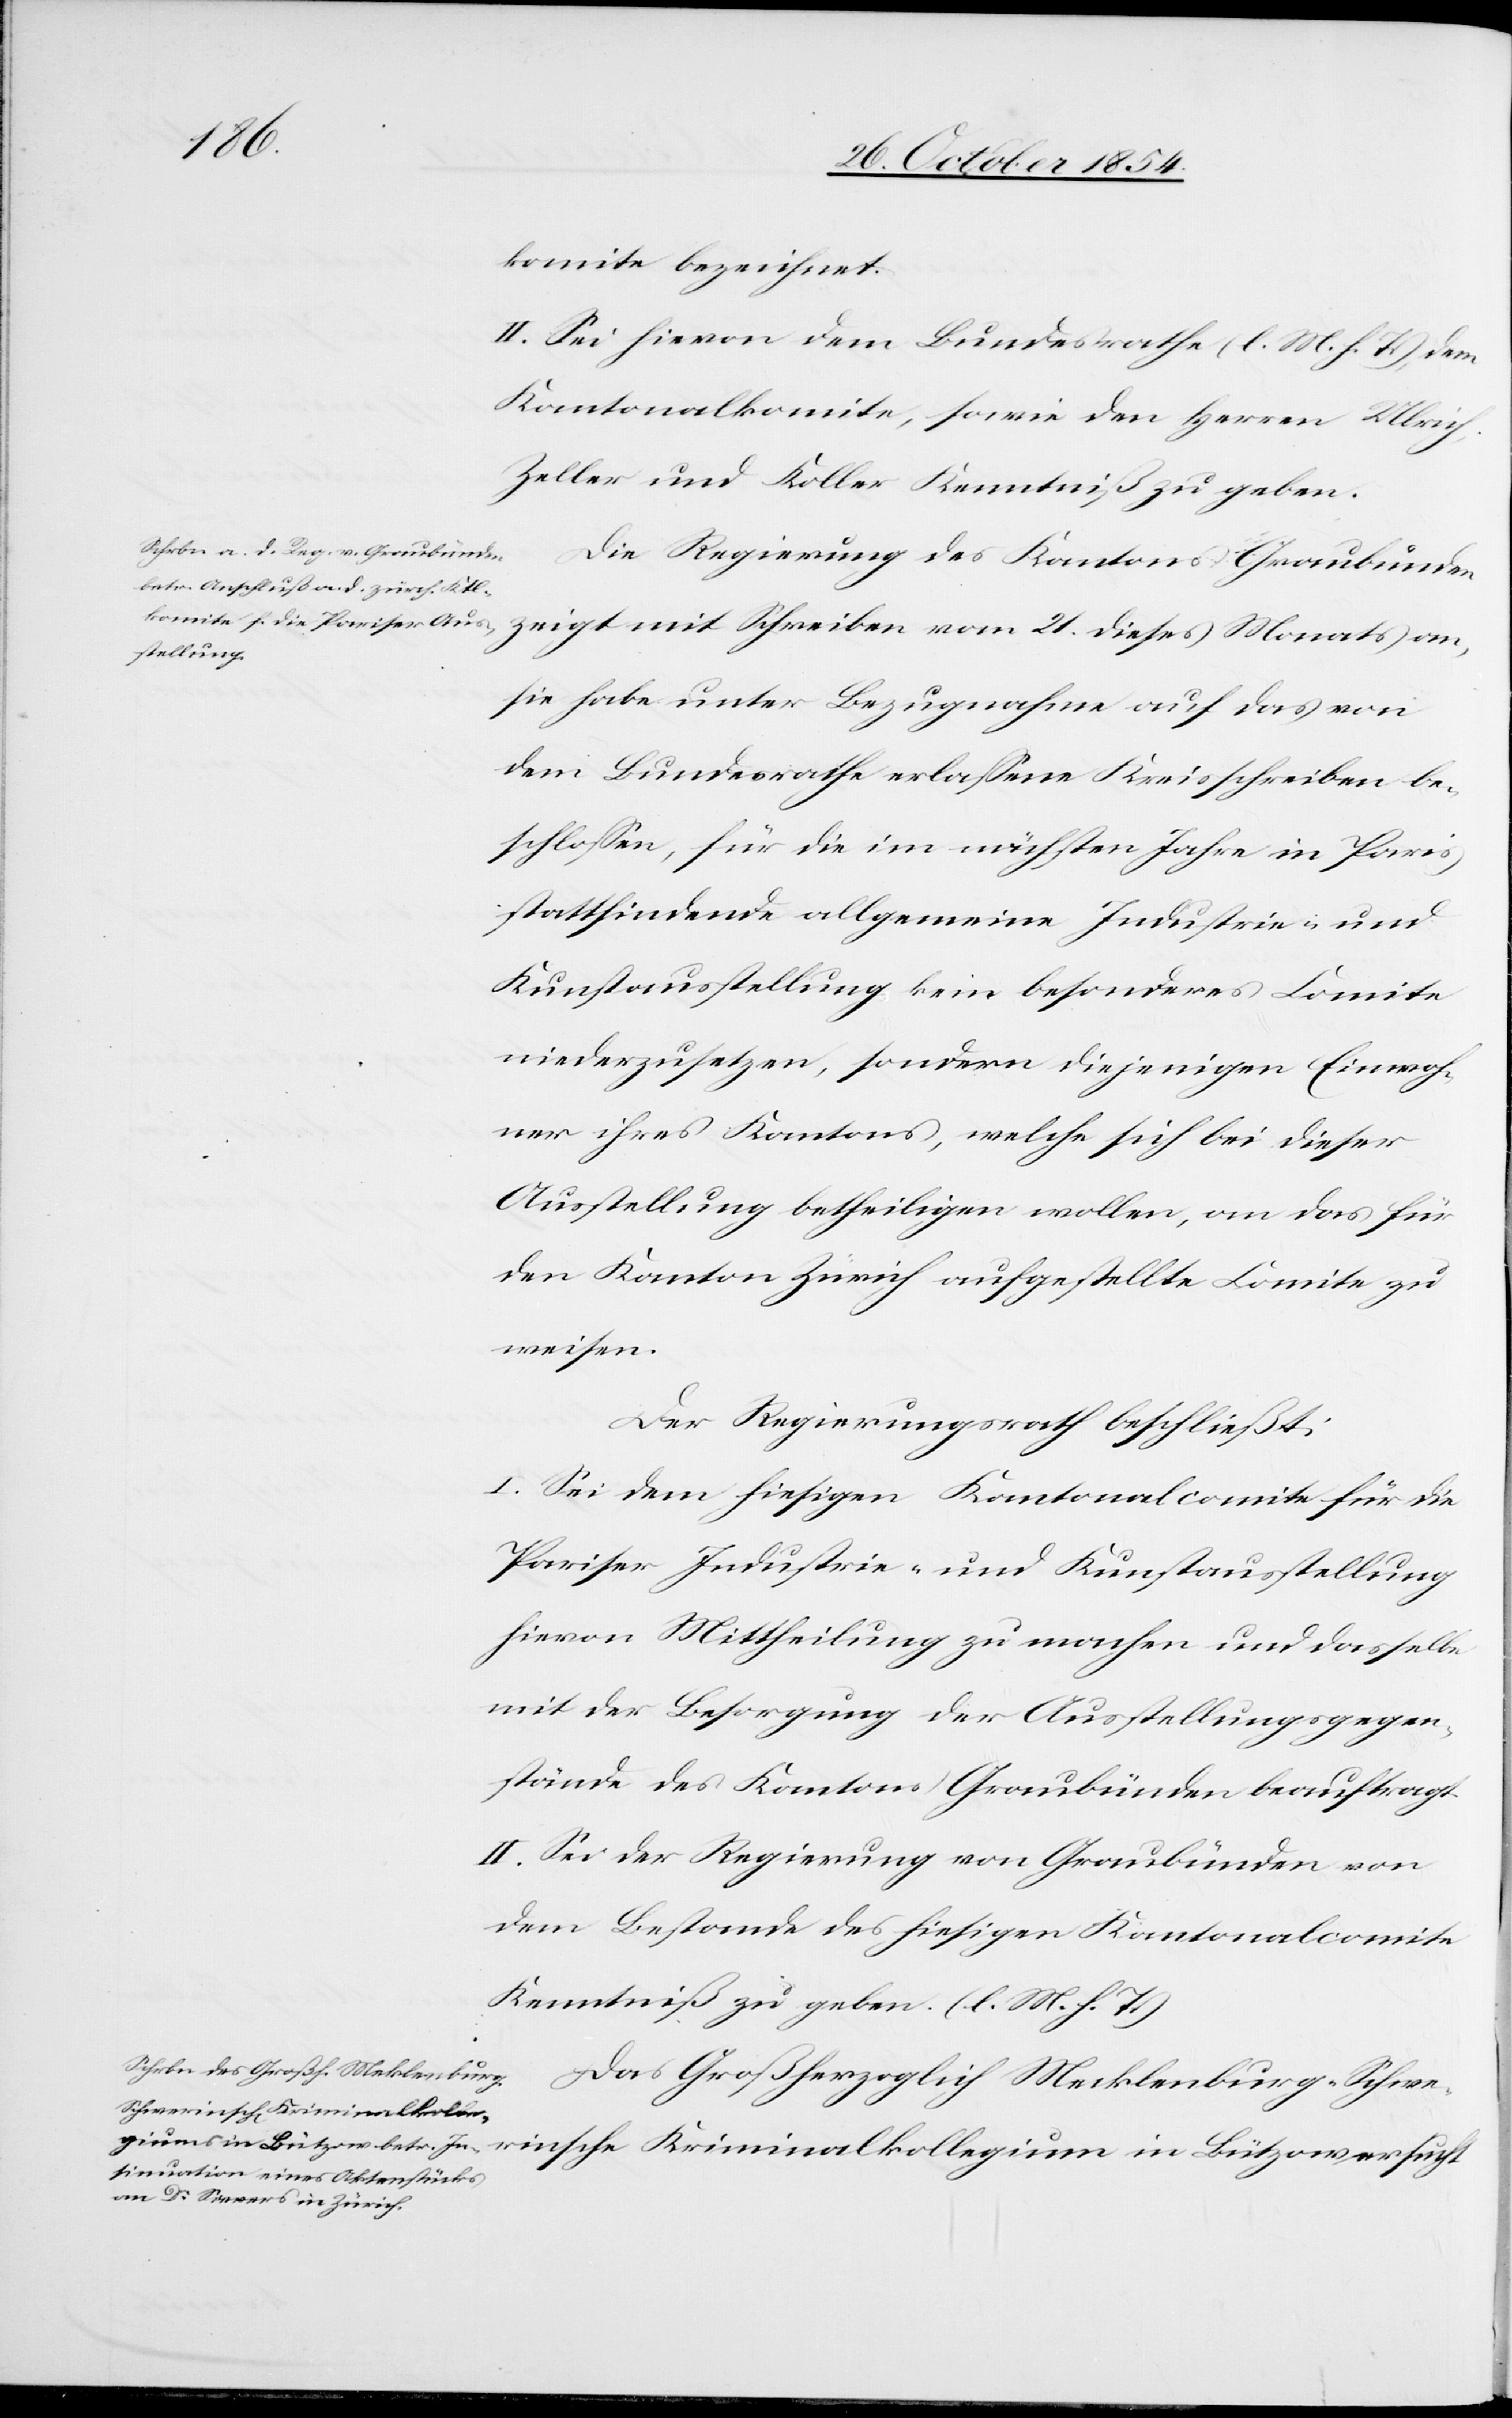
komite bezeichnet.
II. Sei hievon dem Bundesrathe (l. M. h. T.), dem
Kantonalkomite, sowie den Herren Ulrich,
Zeller und Koller Kenntniß zu geben.
Die Regierung des Kantons Graubünden
zeigt mit Schreiben vom 21. dieses Monats an,
sie habe unter Bezugnahme auf das von
dem Bundesrathe erlaßene Kreisschreiben be¬
schloßen, für die im nächsten Jahre in Paris
stattfindende allgemeine Industrie- und
Kunstausstellung kein besonderes Comite
niederzusetzen, sondern diejenigen Einwoh¬
ner ihres Kantons, welche sich bei dieser
Ausstellung beteiligen wollen, an das für
den Kanton Zürich aufgestellte Comite zu
weisen.
Der Regierungsrath beschließt:
I. Sei dem hiesigen Kantonalcomite für die
Pariser Industrie- und Kunstausstellung
hievon Mittheilung zu machen und dasselbe
mit der Besorgung der Ausstellungsgegen¬
stände des Kantons Graubünden beauftragt.
II. Sei der Regierung von Graubünden von
dem Bestande des hiesigen Kantonalcomite
Kenntniß zu geben. (l. M. h. T.)
Das Großherzoglich Mecklenburg-Sc¬
hwerinsche Kriminalkollegium